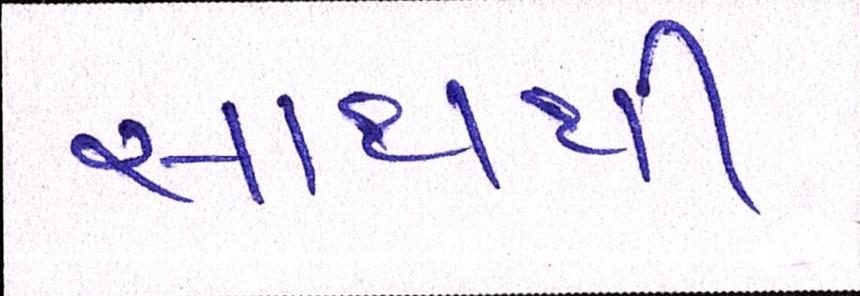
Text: સાથથી